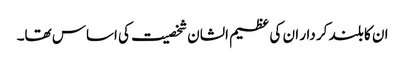
ان کا بلند کر دار ان کی عظیم الشان شخصیت کی اساس تھا۔